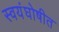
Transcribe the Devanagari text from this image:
स्वयंघोषीत